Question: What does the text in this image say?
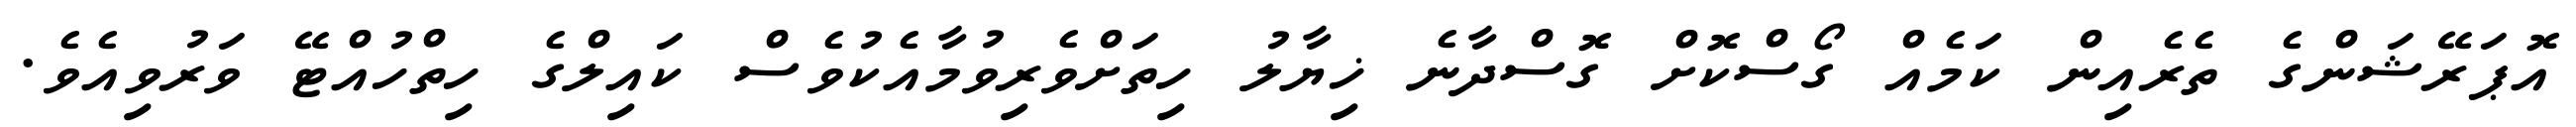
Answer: އޮޕަރޭޝަންގެ ތެރެއިން ކަމެއް ގޯސްކޮށް ގޮސްދާނެ ޚިޔާލު ހިތަށްވެރިވުމާއެކުވެސް ކައިލްގެ ހިތްހުއްޓޭ ވަރުވިއެވެ.